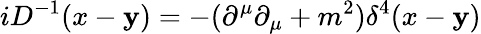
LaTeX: iD^{-1}(x-\mathbf{y})=-{(\partial^{\mu}\partial_{\mu}+m^{2})}{\delta^{4}(x-\mathbf{y})}